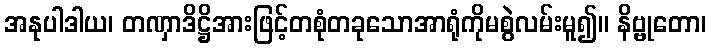
အနုပါဒါယ၊ တဏှာဒိဋ္ဌိအားဖြင့်တစုံတခုသောအာရုံကိုမစွဲလမ်းမူ၍။ နိဗ္ဗုတော၊